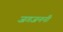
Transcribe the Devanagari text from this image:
जगजननी